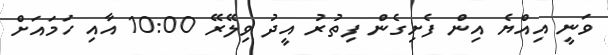
ވަނީ އިއްޔެ އިން ފެށިގެން ފިތުރު އީދު ވިލޭރޭ 10:00 އާއި ހަމައަށް